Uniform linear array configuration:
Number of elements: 8
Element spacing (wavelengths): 0.25
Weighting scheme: exponential
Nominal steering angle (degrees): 0
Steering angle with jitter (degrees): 0.8251
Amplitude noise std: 0.05
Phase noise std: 0.05

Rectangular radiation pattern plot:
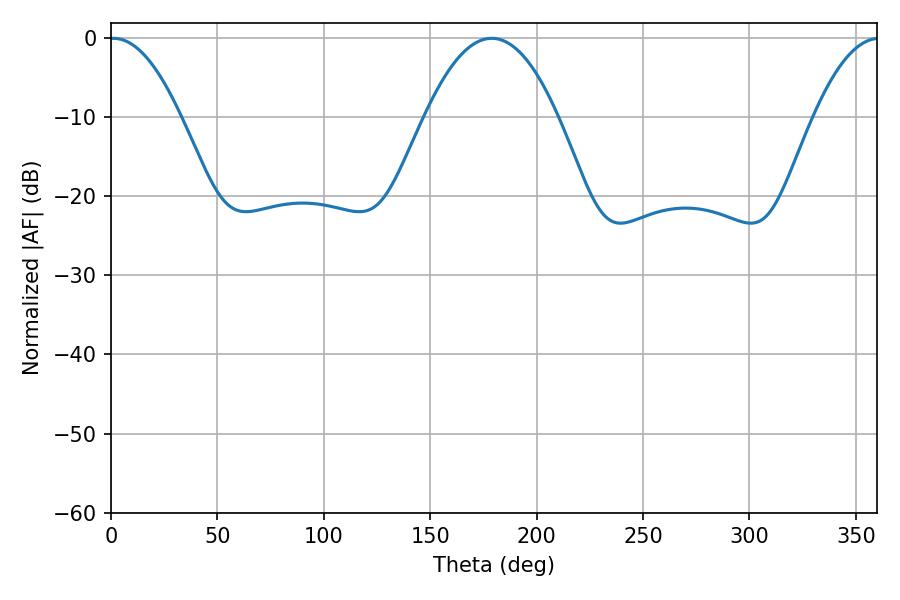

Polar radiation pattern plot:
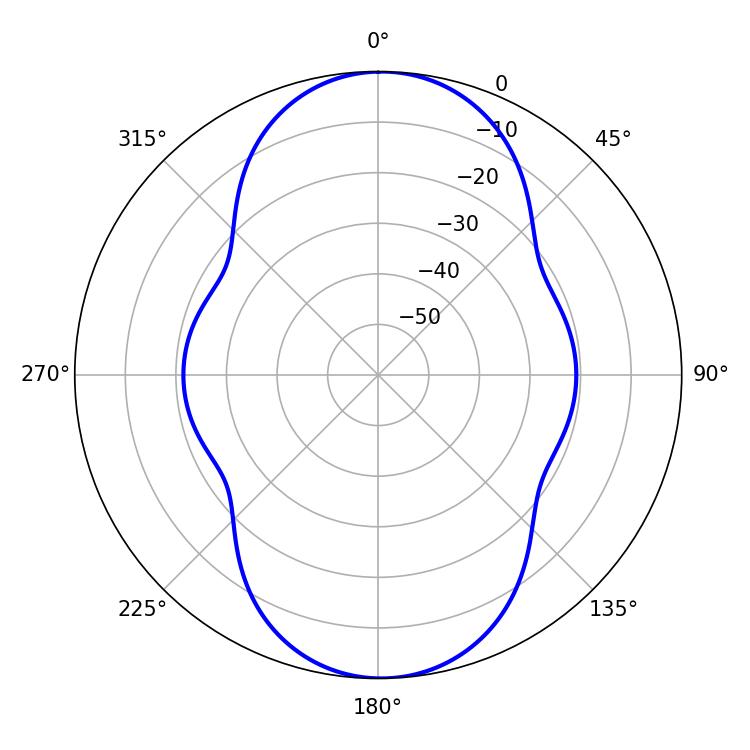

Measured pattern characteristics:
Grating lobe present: FALSE
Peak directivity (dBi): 18.176
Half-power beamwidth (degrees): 18.36
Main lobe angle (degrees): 1.08